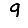
Digit: 9